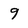
Character: 9